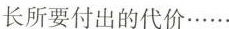
长所要付出的代价……